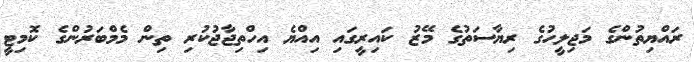
ރައްޔިތުންގެ މަޖިލީހުގެ ރިޔާސަތުގެ މޭޒު ކައިރީގައި އިއްޔެ އިހްތިޖާޖުކުރި ތިން މެމްބަރުންގެ ކޮމިޓީ